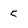
Character: 5